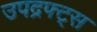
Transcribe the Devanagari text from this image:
उपद्रफ्ट्स